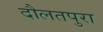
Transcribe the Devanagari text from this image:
दौलतपुरा